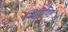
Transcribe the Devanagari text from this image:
शिपिविष्टः